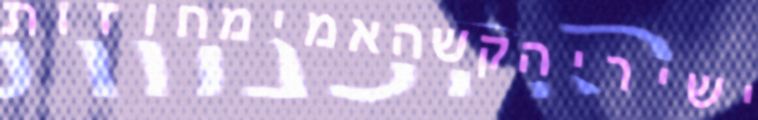
ישיריהקשהאמימחוזות